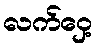
လက်ဝှေ့